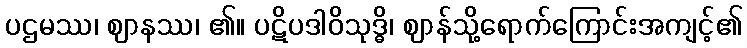
ပဌမဿ၊ ဈာနဿ၊ ၏။ ပဋိပဒါဝိသုဒ္ဓိ၊ ဈာန်သို့ရောက်ကြောင်းအကျင့်၏